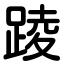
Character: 踜